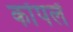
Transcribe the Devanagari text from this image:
कोंपलें